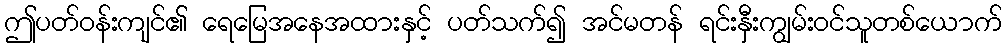
ဤပတ်ဝန်းကျင်၏ ရေမြေအနေအထားနှင့် ပတ်သက်၍ အင်မတန် ရင်းနှီးကျွမ်းဝင်သူတစ်ယောက်